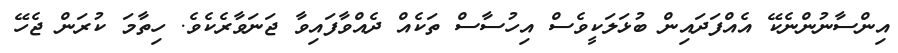
އިންސާނުންނެކޭ އެއްފަދައިން ބުޅަލަކީވެސް އިހުސާސް ތަކެއް ދެއްވާފައިވާ ޖަނަވާރެކެވެ. ހިތާމަ ކުރަން ޖެހޭ